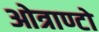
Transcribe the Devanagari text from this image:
ओत्राण्टो